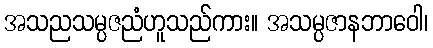
အသညသမ္ပဇညံဟူသည်ကား။ အသမ္ပဇာနဘာဝေါ၊